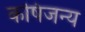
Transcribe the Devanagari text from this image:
कषिजन्य